Scientific memoirs by medical officers of the Army of India - Part III,
Year: 1887
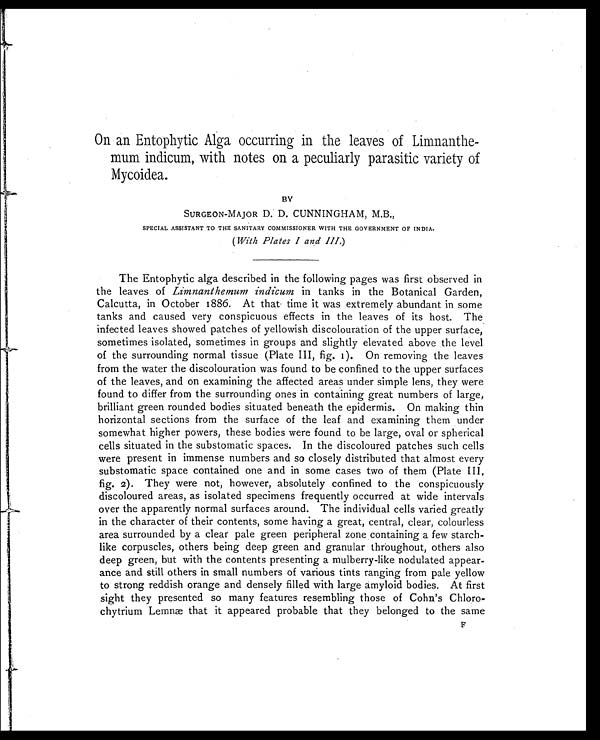
On an Entophytic Alga occurring in the leaves of Limnanthe
-mum indicum, with notes on a peculiarly parasitic variety of
Mycoidea.
BY
SURGEON-MAJOR D. D. CUNNINGHAM, M.B.,
SPECIAL ASSISTANT TO THE SANITARY COMMISSIONER WITH THE GOVERNMENT OF INDIA.
(With Plates I and III.)
The Entophytic alga described in the following pages was first observed in
the leaves of Limnanthemum indicum in tanks in the Botanical Garden,
Calcutta, in October 1886. At that time it was extremely abundant in some
tanks and caused very conspicuous effects in the leaves of its host. The
infected leaves showed patches of yellowish discolouration of the upper surface,
sometimes isolated, sometimes in groups and slightly elevated above the level
of the surrounding normal tissue (Plate III, fig. 1). On removing the leaves
from the water the discolouration was found to be confined to the upper surfaces
of the leaves, and on examining the affected areas under simple lens, they were
found to differ from the surrounding ones in containing great numbers of large,
brilliant green rounded bodies situated beneath the epidermis. On making thin
horizontal sections from the surface of the leaf and examining them under
somewhat higher powers, these bodies were found to be large, oval or spherical
cells situated in the substomatic spaces. In the discoloured patches such cells
were present in immense numbers and so closely distributed that almost every
substomatic space contained one and in some cases two of them (Plate III,
fig. 2). They were not, however, absolutely confined to the conspicuously
discoloured areas, as isolated specimens frequently occurred at wide intervals
over the apparently normal surfaces around. The individual cells varied greatly
in the character of their contents, some having a great, central, clear, colourless
area surrounded by a clear pale green peripheral zone containing a few starch-
like corpuscles, others being deep green and granular throughout, others also
deep green, but with the contents presenting a mulberry-like nodulated appear
-ance and still others in small numbers of various tints ranging from pale yellow
to strong reddish orange and densely filled with large amyloid bodies. At first
sight they presented so many features resembling those of Cohn's Chloro
-chytrium Lemnæ that it appeared probable that they belonged to the same